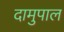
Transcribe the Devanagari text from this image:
दामुपाल